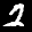
Label: 2